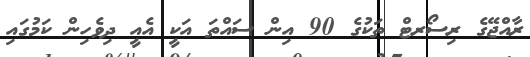
ރާއްޖޭގެ ރިސޯރޓް ތަކުގެ 90 އިން ސައްތަ އަކީ އެއީ ދިވެހިން ކަމުގައި